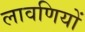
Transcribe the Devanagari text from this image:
लावणियों